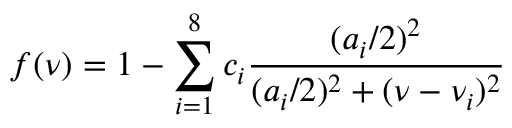
f ( \nu ) = 1 - \sum _ { i = 1 } ^ { 8 } c _ { i } \frac { ( a _ { i } / 2 ) ^ { 2 } } { ( a _ { i } / 2 ) ^ { 2 } + ( \nu - \nu _ { i } ) ^ { 2 } }